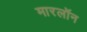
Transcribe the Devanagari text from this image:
मारलॉन